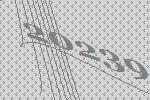
20239